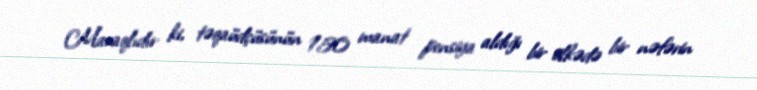
Maraqlıdır ki, təqaüdçüsünün 150 manat pensiya aldığı bir ölkədə bir nəfərin